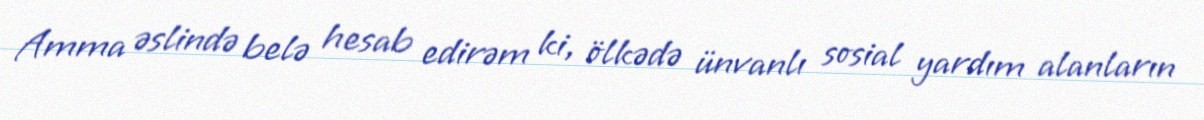
Amma əslində belə hesab edirəm ki, ölkədə ünvanlı sosial yardım alanların